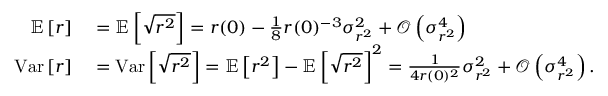
\begin{array} { r l } { \mathbb { E } \left[ r \right] } & { { } = \mathbb { E } \left[ \sqrt { r ^ { 2 } } \right] = r ( 0 ) - \frac { 1 } { 8 } r ( 0 ) ^ { - 3 } \sigma _ { r ^ { 2 } } ^ { 2 } + \mathcal { O } \left( \sigma _ { r ^ { 2 } } ^ { 4 } \right) } \\ { \mathrm { V a r } \left[ r \right] } & { { } = \mathrm { V a r } \left[ \sqrt { r ^ { 2 } } \right] = \mathbb { E } \left[ r ^ { 2 } \right] - \mathbb { E } \left[ \sqrt { r ^ { 2 } } \right] ^ { 2 } = \frac { 1 } { 4 r ( 0 ) ^ { 2 } } \sigma _ { r ^ { 2 } } ^ { 2 } + \mathcal { O } \left( \sigma _ { r ^ { 2 } } ^ { 4 } \right) . } \end{array}